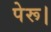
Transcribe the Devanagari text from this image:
पेरू।